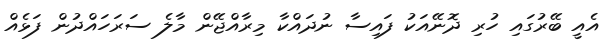
އެއީ ބޭރުގައި ހުރި ދޮނޭއަކު ފައިސާ ނުދައްކާ މިރާއްޖޭން މާލެ ސަރަހައްދުން ފަޅެއް